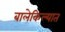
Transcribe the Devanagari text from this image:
बालेकिल्यात